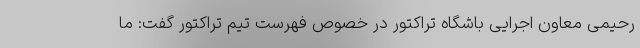
رحیمی معاون اجرایی باشگاه تراکتور در خصوص فهرست تیم تراکتور گفت: ما